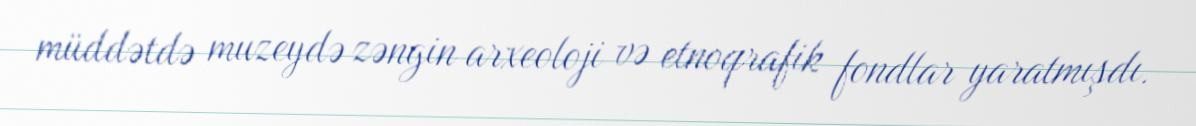
müddətdə muzeydə zəngin arxeoloji və etnoqrafik fondlar yaratmışdı.